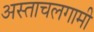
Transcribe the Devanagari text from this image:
अस्ताचलगामी